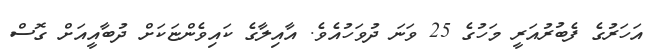
އަހަރުގެ ފެބުރުއަރީ މަހުގެ 25 ވަނަ ދުވަހުއެވެ. އާއިލާގެ ކައިވެންޏަކަށް ދުބާއީއަށް ގޮސް